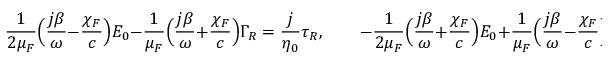
{ \frac { 1 } { 2 \mu _ { \/ F } } } \Big ( { \frac { j \beta } { \omega } } - { \frac { \chi _ { \/ F } } { c } } \Big ) E _ { 0 } - { \frac { 1 } { \mu _ { \/ F } } } \Big ( { \frac { j \beta } { \omega } } + { \frac { \chi _ { \/ F } } { c } } \Big ) \Gamma _ { \/ R } = { \frac { j } { \eta _ { 0 } } } \tau _ { \/ R } , \qquad - { \frac { 1 } { 2 \mu _ { \/ F } } } \Big ( { \frac { j \beta } { \omega } } + { \frac { \chi _ { \/ F } } { c } } \Big ) E _ { 0 } + { \frac { 1 } { \mu _ { \/ F } } } \Big ( { \frac { j \beta } { \omega } } - { \frac { \chi _ { \/ F } } { c } } \Big ) \Gamma _ { \/ L } = - { \frac { j } { \eta _ { 0 } } } \tau _ { \/ L } .